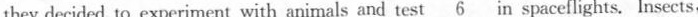
they decided to experiment with animals and test